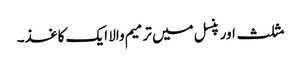
مثلث اور پنسل میں ترمیم والا ایک کاغذ۔